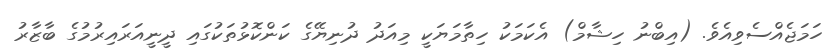
ހަމަޖެއްސެވިއެވެ. (އިބްނު ހިޝާމް) އެކަމަކު ހިތާމަޔަކީ މިއަދު ދުނިޔޭގެ ކަންކޮޅުތަކުގައި ދީނީއަރައިރުމުގެ ބާޒާރު